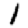
Digit: 1